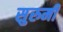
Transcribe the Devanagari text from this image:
सुरुमी